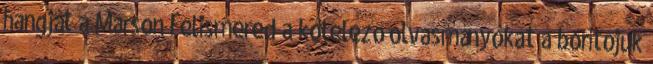
hangját a Marson Felismered a kötelező olvasmányokat a borítójuk